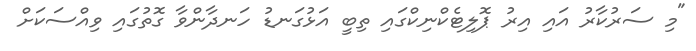
"މި ސަރުކާރު އައި އިރު ޕޮލިޓެކްނިކްގައި ތިބީ އަޅުގަނޑު ހަނދާންވާ ގޮތުގައި ވިއްސަކަށް